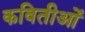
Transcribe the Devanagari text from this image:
कवितीओं